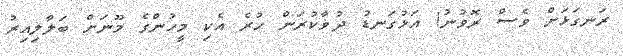
ރަނގަޅަށް ވެސް ރޮވުނު! އަޅުގަނޑު ދުޥާކުރަން ހުރެ އެކި މީހުންގެ މޫނަށް ބަލާލިއިރު